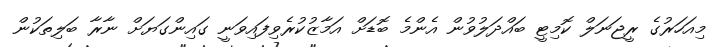
މިއަހަރުގެ ރީޖަނަލް ކޮމިޓީ ބައްދަލުވުން އެންމެ ބޮޑަށް އަމާޒުކުރެވިފައިވަނީ ގައިންގަޔަށް ނާރާ ބަލިތަކުން